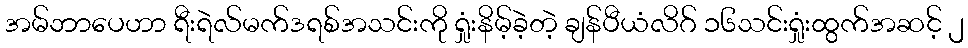
အမ်ဘာပေဟာ ရီးရဲလ်မက်ဒရစ်အသင်းကို ရှုံးနိမ့်ခဲ့တဲ့ ချန်ပီယံလိဂ် ၁၆သင်းရှုံးထွက်အဆင့် ၂